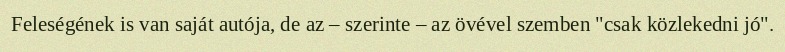
Feleségének is van saját autója, de az – szerinte – az övével szemben "csak közlekedni jó".